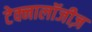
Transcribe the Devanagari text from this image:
टेक्नालॉजीज़